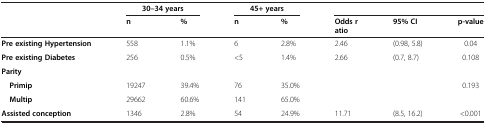
<table><thead><tr><td><b> </b></td><td colspan="2"><b>30–34 years</b></td><td colspan="2"><b>45+ years</b></td><td colspan="3"><b> </b></td></tr><tr><td><b> </b></td><td><b>n</b></td><td><b>%</b></td><td><b>n</b></td><td><b>%</b></td><td><b>Odds ratio</b></td><td><b>95% CI</b></td><td><b>p-value</b></td></tr></thead><tbody><tr><td><b>Pre existing Hypertension</b></td><td>558</td><td>1.1%</td><td>6</td><td>2.8%</td><td>2.46</td><td>(0.98, 5.8)</td><td>0.04</td></tr><tr><td><b>Pre existing Diabetes</b></td><td>256</td><td>0.5%</td><td>&lt;5</td><td>1.4%</td><td>2.66</td><td>(0.7, 8.7)</td><td>0.108</td></tr><tr><td><b>Parity</b></td><td> </td><td> </td><td> </td><td> </td><td> </td><td> </td><td> </td></tr><tr><td> <b>Primip</b></td><td>19247</td><td>39.4%</td><td>76</td><td>35.0%</td><td> </td><td> </td><td>0.193</td></tr><tr><td> <b>Multip</b></td><td>29662</td><td>60.6%</td><td>141</td><td>65.0%</td><td> </td><td> </td><td> </td></tr><tr><td><b>Assisted conception</b></td><td>1346</td><td>2.8%</td><td>54</td><td>24.9%</td><td>11.71</td><td>(8.5, 16.2)</td><td>&lt;0.001</td></tr></tbody></table>